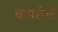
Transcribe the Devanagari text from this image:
वापलेले